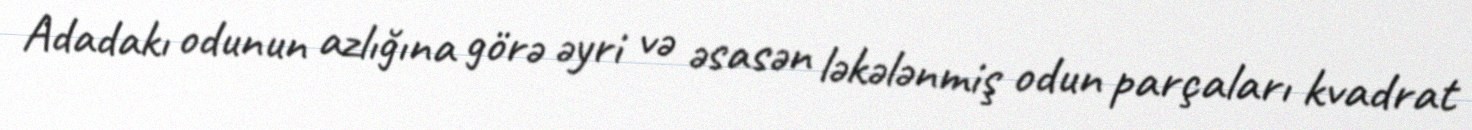
Adadakı odunun azlığına görə əyri və əsasən ləkələnmiş odun parçaları kvadrat